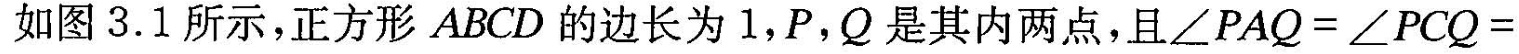
如图3.1所示，正方形ABCD的边长为1，P，Q是其内两点，且$$∠ P A Q = ∠ P C Q =